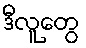
ဒီလူတွေ